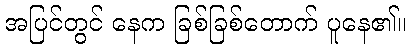
အပြင်တွင် နေက ခြစ်ခြစ်တောက် ပူနေ၏။